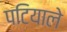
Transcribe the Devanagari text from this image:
पटियाले